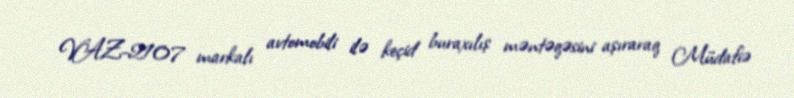
VAZ-2107 markalı avtomobili ilə keçid buraxılış məntəqəsini aşıraraq Müdafiə